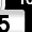
Digit: 5